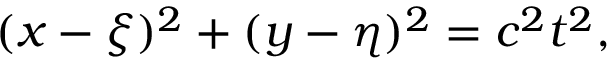
( x - \xi ) ^ { 2 } + ( y - \eta ) ^ { 2 } = c ^ { 2 } t ^ { 2 } ,